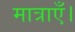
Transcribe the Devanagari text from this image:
मात्राएँ।